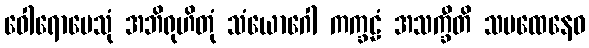
ဝေါရောပေသုံ အဘိရုဟိတုံ သံယောဂေါ ကက္ခဠံ အသက္ခီတိ သမထေနေဝ